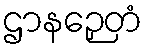
ဌာနဉှေတံ